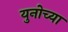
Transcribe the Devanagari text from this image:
युनोच्या